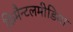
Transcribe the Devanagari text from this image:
फ्रिमैन्टलमीडिया